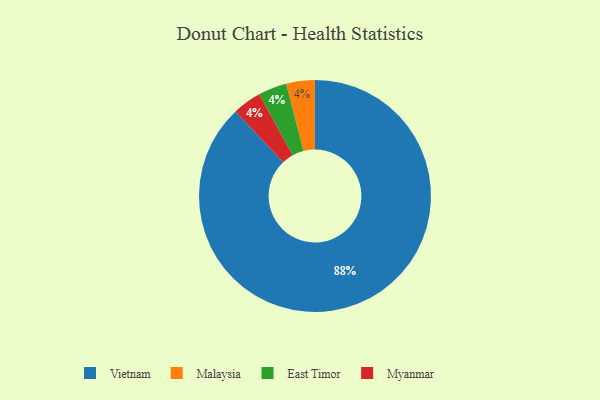
{"axis": {"x": "Category", "y": "Percentage"}, "legend": ["East Timor", "Malaysia", "Myanmar", "Vietnam"], "data": [{"x": "Malaysia", "y": 4, "type": "Malaysia"}, {"x": "East Timor", "y": 4, "type": "East Timor"}, {"x": "Vietnam", "y": 88, "type": "Vietnam"}, {"x": "Myanmar", "y": 4, "type": "Myanmar"}]}